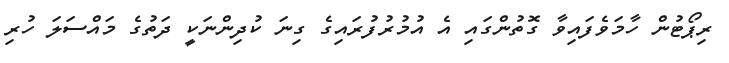
ރިޕޯޓުން ހާމަވެފައިވާ ގޮތުންގައި އެ އުމުރުފުރައިގެ ގިނަ ކުދިންނަކީ ދަތުގެ މައްސަލަަ ހުރި